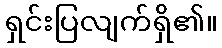
ရှင်းပြလျက်ရှိ၏။